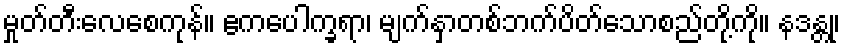
မှုတ်တီးလေစေကုန်။ ဧကပေါက္ခရာ၊ မျက်နှာတစ်ဘက်ပိတ်သောစည်တို့ကို။ နဒန္တု၊